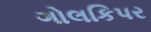
ગોલકિપર